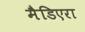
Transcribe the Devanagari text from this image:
मैडिएरा